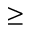
\geq